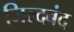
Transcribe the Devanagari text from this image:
जिल्दबंद